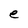
Character: e